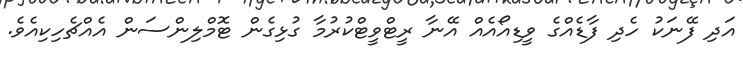
އަދި ފޭނަކު ހެދި ފާޑެއްގެ ވީޑިއޯއެއް އޭނާ ރީޓްވީޓްކުރުމާ ގުޅިގެން ޓޮމްލިންސަން އެއްޗެހިކިއެވެ.